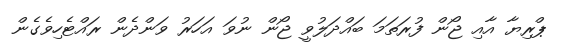
ޕްރިޔާ އާއި ޖޯން ފުރަތަމަ ބައްދަލުވީ ޖޯން ނުވަ އަހަރު ވަންދެން ރައްޓެހިވެގެން